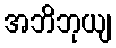
အဘိဘုယျ